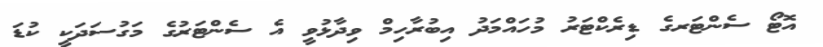
އޮޓޯ ސެންޓަރގެ ޑިރެކްޓަރު މުހައްމަދު އިބުރާހިމް ވިދާޅުވީ އެ ސެންޓަރުގެ މަގުސަދަކީ ކުޑަ